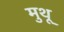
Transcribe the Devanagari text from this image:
मुथू